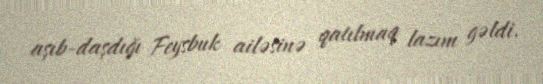
aşıb-daşdığı Feysbuk ailəsinə qatılmaq lazım gəldi.